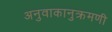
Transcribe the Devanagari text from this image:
अनुवाकानुक्रमणी